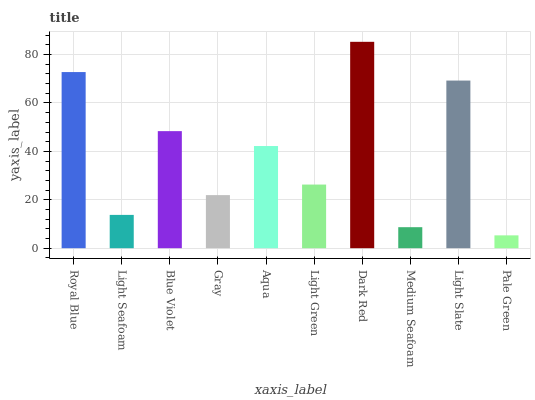
| xaxis_label | bars |
 | --- | --- |
 | Royal Blue | 72.8 |
 | Light Seafoam | 13.8 |
 | Blue Violet | 48.4 |
 | Gray | 21.9 |
 | Aqua | 42.2 |
 | Light Green | 26.3 |
 | Dark Red | 85.3 |
 | Medium Seafoam | 8.68 |
 | Light Slate | 69.3 |
 | Pale Green | 5.31 |